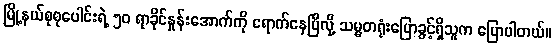
မြို့နယ်စုစုပေါင်းရဲ့ ၅၀ ရာခိုင်နှုန်းအောက်ကို ရောက်နေပြီလို့ သမ္မတရုံးပြောခွင့်ရှိသူက ပြောပါတယ်။